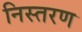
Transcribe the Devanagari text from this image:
निस्तरण